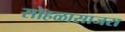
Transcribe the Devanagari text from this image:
सोहळासाजरा